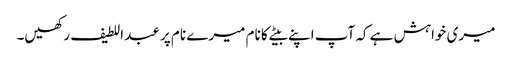
میری خواہش ہے کہ آپ اپنے بیٹے کا نام میرے نام پر عبد اللطیف رکھیں۔